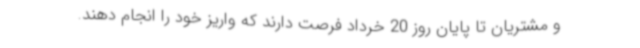
و مشتریان تا پایان روز 20 خرداد فرصت دارند که واریز خود را انجام دهند.